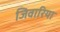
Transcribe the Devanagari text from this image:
जिवारिया